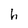
Character: h